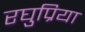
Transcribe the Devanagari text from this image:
रघुप्रिया